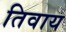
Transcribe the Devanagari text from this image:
तिवाय